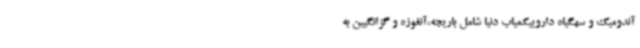
آندومیک و سهگیاه داروییکمیاب دنیا شامل باریجه،آنغوزه و گزانگبین به